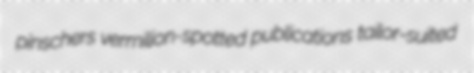
pinschers vermilion-spotted publications tailor-suited